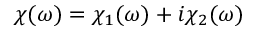
\chi ( \omega ) = \chi _ { 1 } ( \omega ) + i \chi _ { 2 } ( \omega )